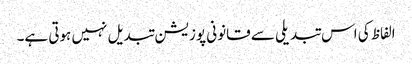
الفاظ کی اس تبدیلی سے قانونی پوزیشن تبدیل نہیں ہوتی ہے۔